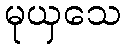
မုယှသေ